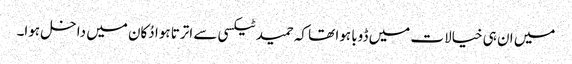
میں ان ہی خیالات میں ڈوبا ہوا تھا کہ حمید ٹیکسی سے اترتا ہوا دُکان میں داخل ہوا۔